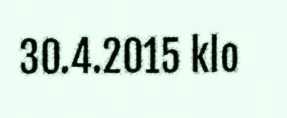
30.4.2015 klo